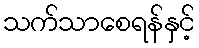
သက်သာစေရန်နှင့်